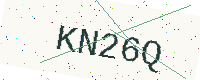
Text: KN26Q